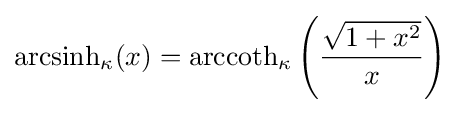
{\rm {arcsinh}}_{\kappa }(x)={\rm {arccoth}}_{\kappa }\left({\frac {\sqrt {1+x^{2}}}{x}}\right)